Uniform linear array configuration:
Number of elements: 16
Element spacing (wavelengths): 0.75
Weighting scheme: hamming
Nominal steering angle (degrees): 0
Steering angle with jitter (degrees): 0.1414
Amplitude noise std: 0.05
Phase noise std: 0.05

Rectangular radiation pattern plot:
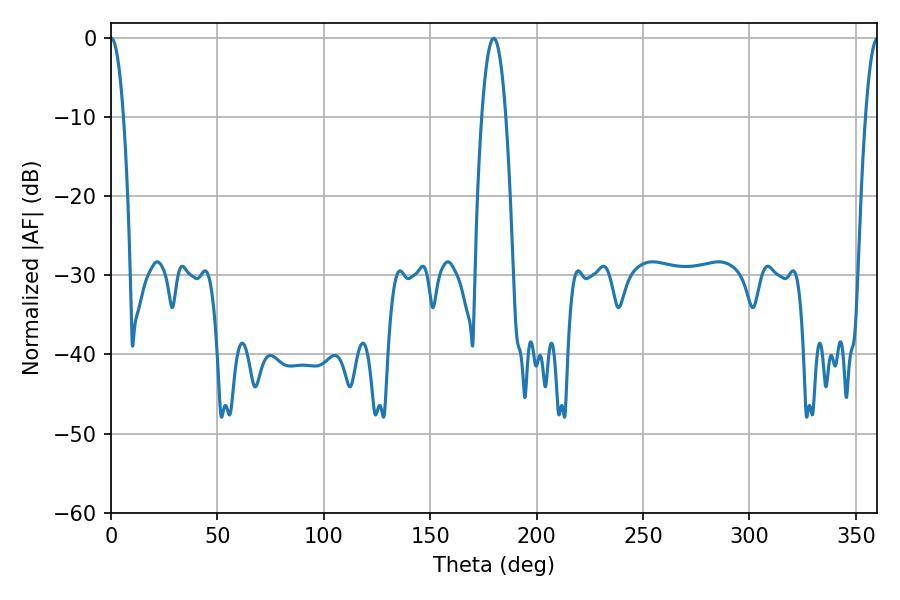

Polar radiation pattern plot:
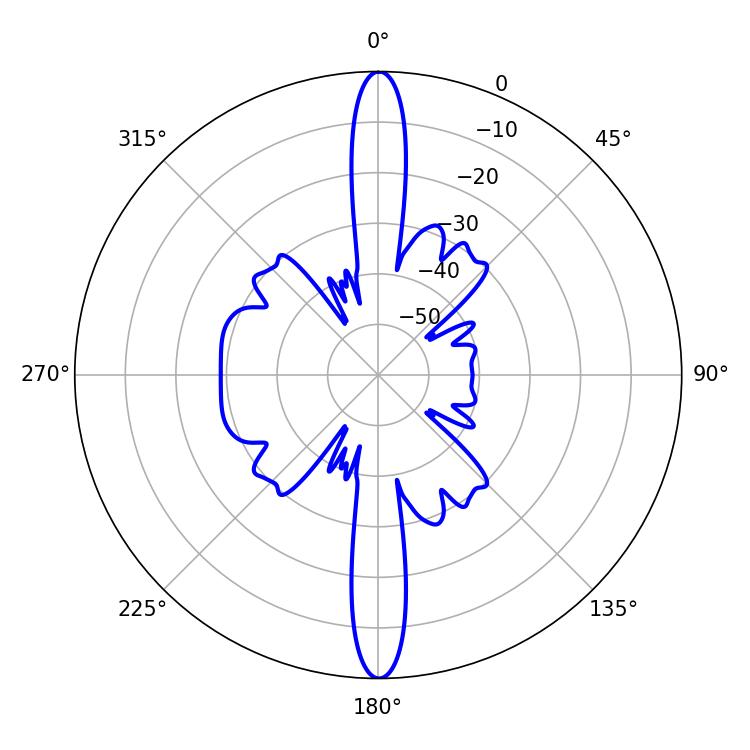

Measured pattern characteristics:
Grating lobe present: TRUE
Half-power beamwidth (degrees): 3.24
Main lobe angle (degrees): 0.18